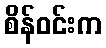
စိန်ဝင်းက